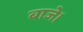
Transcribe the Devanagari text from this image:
बाजे।